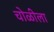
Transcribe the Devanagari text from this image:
चोळीला